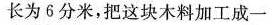
长为6分米，把这块木料加工成一